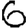
Digit: 6